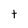
Character: t